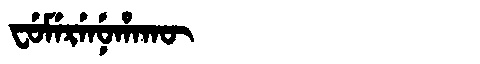
Manchu: ᠸᡠᠮᡝᡵᡝᠨᡠᡥᠠᡴᡡ
Romanization: FUMERENUHAKŪ